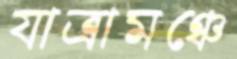
যাত্রামঞ্চে